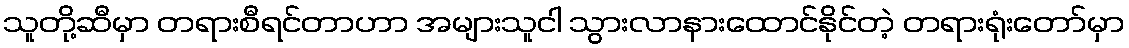
သူတို့ဆီမှာ တရားစီရင်တာဟာ အများသူငါ သွားလာနားထောင်နိုင်တဲ့ တရားရုံးတော်မှာ